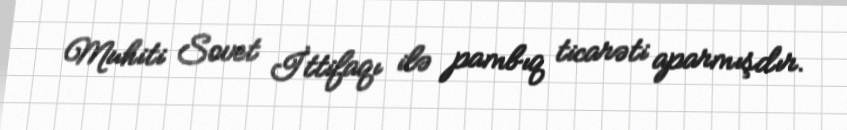
Muhiti Sovet İttifaqı ilə pambıq ticarəti aparmışdır.